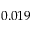
0 . 0 1 9